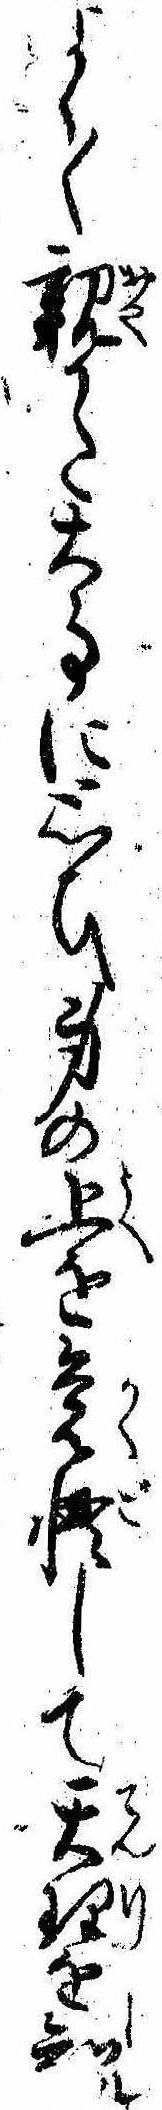
よく〱親かた大事に思ひ身の上を覚悟して天理を知ル